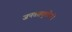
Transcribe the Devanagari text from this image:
जनवाहतुकीची